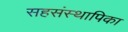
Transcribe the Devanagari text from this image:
सहसंस्थापिका